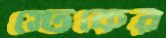
স্টেকের